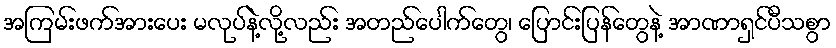
အကြမ်းဖက်အားပေး မလုပ်နဲ့လို့လည်း အတည်ပေါက်တွေ၊ ပြောင်းပြန်တွေနဲ့ အာဏာရှင်ပီသစွာ